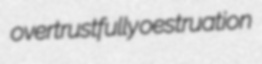
overtrustfully oestruation